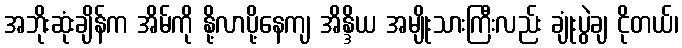
အဘိုးဆုံးချိန်က အိမ်ကို နို့လာပို့နေကျ အိန္ဒိယ အမျိုးသားကြီးလည်း ချုံးပွဲချ ငိုတယ်၊